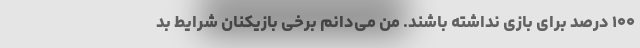
۱۰۰ درصد برای بازی نداشته باشند. من می‌دانم برخی بازیکنان شرایط بد